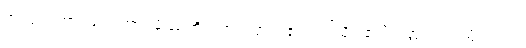
အကျယ်အားဖြင့်။ အာဂမိဿတိ၊ လာလတ္တံ့။ ဧဝံ၊ ဤသို့။ ဧတံ ဝတ္ထု၊ ဤဝတ္ထုသည်။